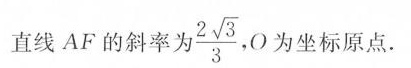
直线AF的斜率为\frac{2\sqrt{3}}{3}，O为坐标原点.